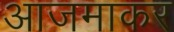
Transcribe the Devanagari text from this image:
आजमाकर